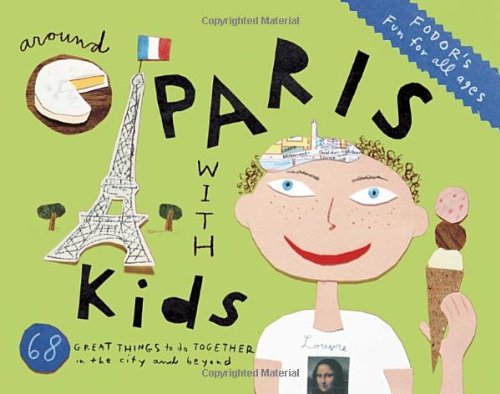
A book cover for Fodor's Around Paris with Kids (Travel Guide); Fodor's; Travel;